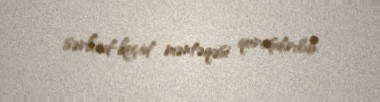
sərhəd-keçid məntəqəsi quraşdırılıb.